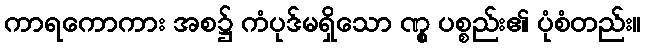
ကာရကောကား အစ၌ ကံပုဒ်မရှိသော ဏွု ပစ္စည်း၏ ပုံစံတည်း။